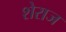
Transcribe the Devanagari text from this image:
शेराज